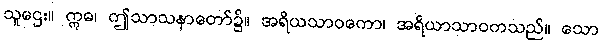
သူဌေး။ ဣဓ၊ ဤသာသနာတော်၌။ အရိယသာဝကော၊ အရိယာသာဝကသည်။ သော